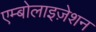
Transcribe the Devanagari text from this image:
एम्बोलाइज़ेशन